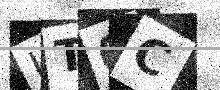
Text: JT0C